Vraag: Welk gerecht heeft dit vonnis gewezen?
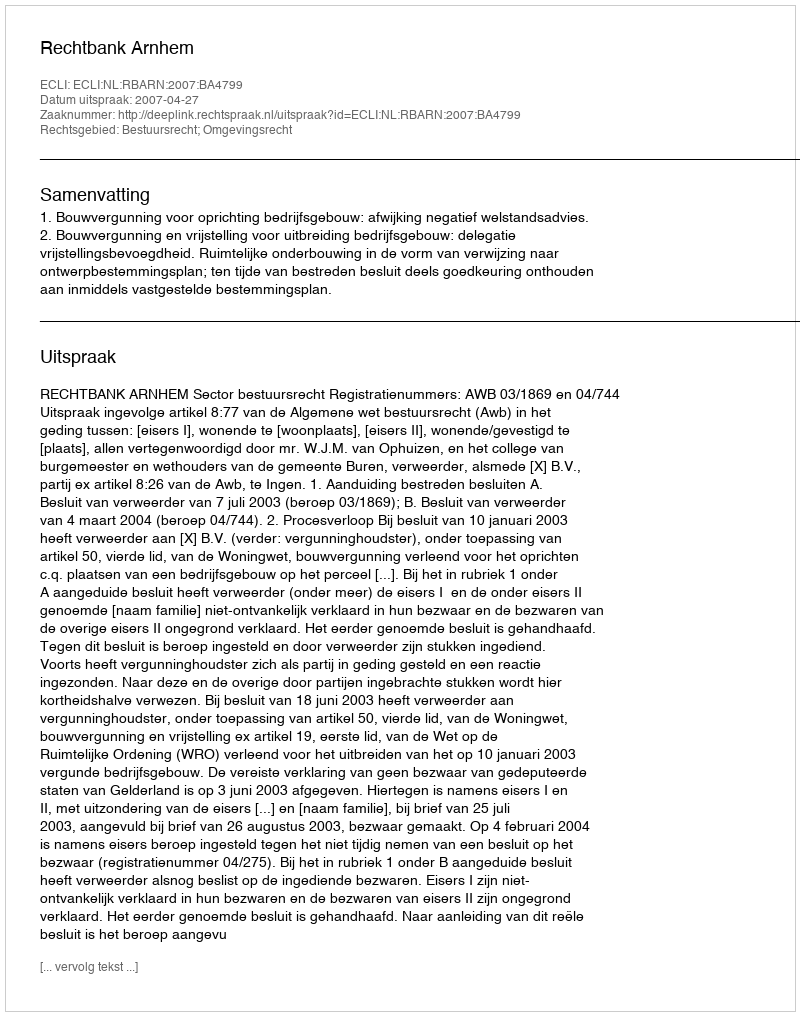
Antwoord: Rechtbank Arnhem